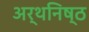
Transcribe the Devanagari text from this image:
अर्थनिष्ठ